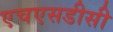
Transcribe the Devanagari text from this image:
एचएसडीसी